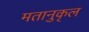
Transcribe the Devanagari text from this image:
मतानुकृल